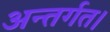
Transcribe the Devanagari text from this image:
अन्तर्गत।